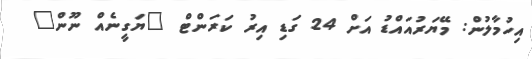
އިހުމާލުން: މޭޔަރުއައްޑު އަށް 24 ގަޑި އިރު ކަރަންޓް "ޔަގީނެއް ނޫން"